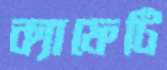
ক্যাফেটি